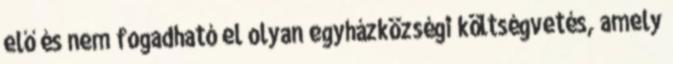
elő és nem fogadható el olyan egyházközségi költségvetés, amely